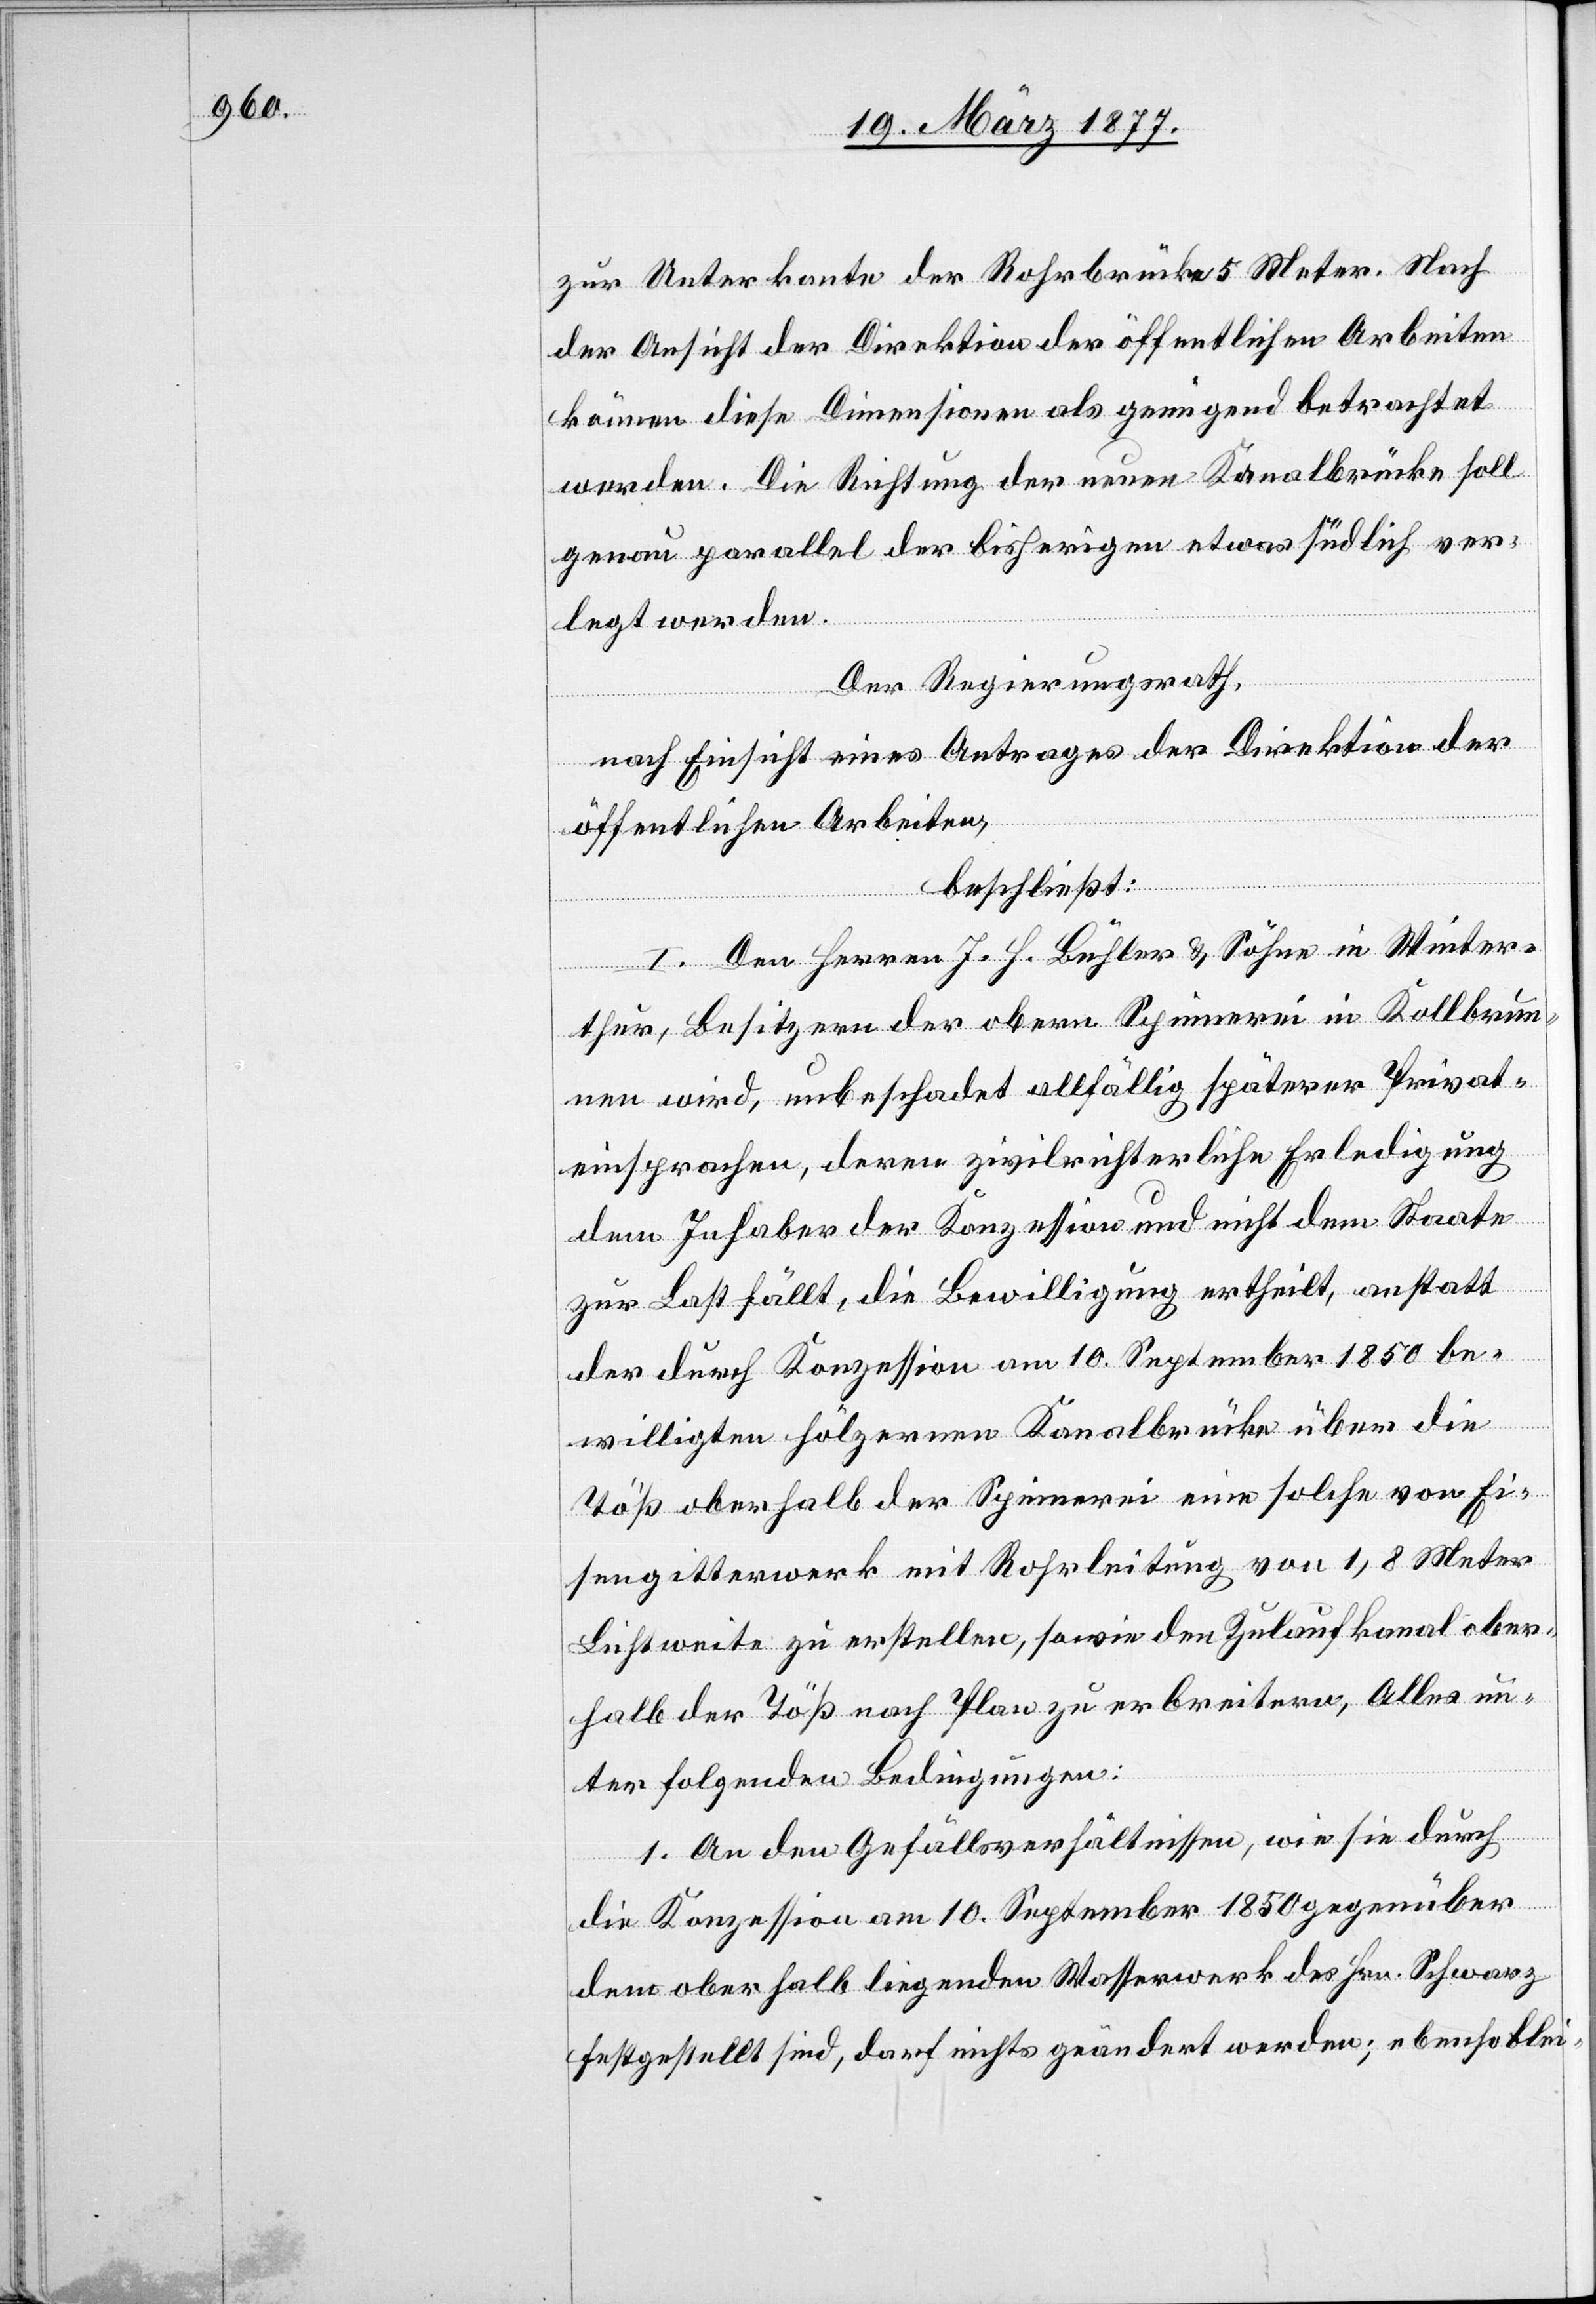
zur Unterkante der Rohrbrücke 5 Meter. Nach
der Ansicht der Direktion der öffentlichen Arbeiten
können diese Dimensionen als genügend betrachtet
werden. Die Richtung der neuen Kanalbrücke soll
genau parallel der bisherigen etwas südlich ver¬
legt werden.
Der Regierungsrath,
nach Einsicht eines Antrages der Direktion der
öffentlichen Arbeiten,
beschließt:
I. Den Herren J. H. Bühler & Söhne in Winter¬
thur, Besitzern der obern Spinnerei in Kollbrun¬
nen wird, unbeschadet allfällig späterer Privat¬
einsprachen, deren zivilrichterliche Erledigung
dem Inhaber der Konzession und nicht dem Staate
zur Last fällt, die Bewilligung ertheilt, anstatt
der durch Konzession am 10. September 1850 be¬
willigten hölzernen Kanalbrücke über die
Töß oberhalb der Spinnerei eine solche von Ei¬
sengitterwerk mit Rohrleitung von 1,8 Meter
Lichtweite zu erstellen, sowie den Zulaufkanal ober¬
halb der Töß nach Plan zu erbreitern, Alles un¬
ter folgenden Bedingungen:
1. An den Gefällsverhältnissen, wie sie durch
die Konzession am 10. September 1850 gegenüber
dem oberhalb liegenden Wasserwerk des Hrn. Schwarz
festgestellt sind, darf nichts geändert werden; ebenso blei-